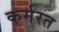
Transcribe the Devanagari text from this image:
कर्मरत